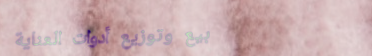
بيع وتوزيع أدوات العناية